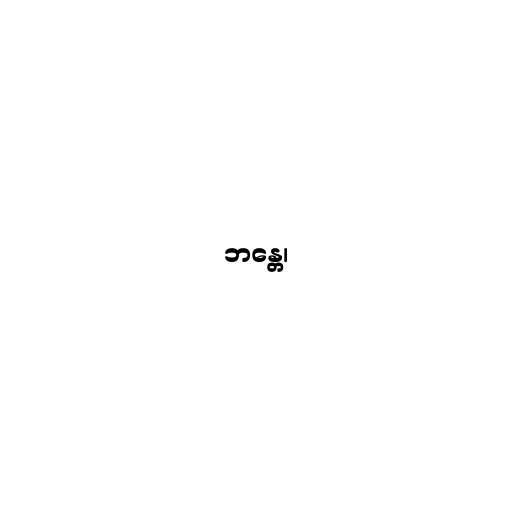
ဘန္တေ၊